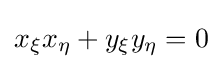
x_{\xi }x_{\eta }+y_{\xi }y_{\eta }=0